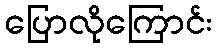
ပြောလိုကြောင်း